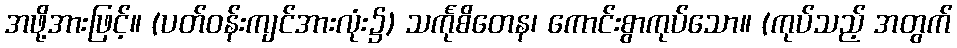
အဖို့အားဖြင့်။ (ပတ်ဝန်းကျင်အားလုံး၌) သင်္ကုစိတေန၊ ကောင်းစွာကုပ်သော။ (ကုပ်သည့် အတွက်